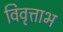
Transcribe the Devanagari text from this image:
विवृत्ताभ